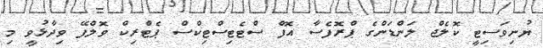
ޔުނިވަސިޓީ ކޮލެޖް ލަންޑަންގެ ޕްރޮފެސާ އޮފް ސްޓެޓިސްޓިކްސް ޕެޓްރިކް ވޮލްފޭ ވިދާޅުވީ މި